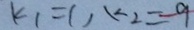
k _ { 1 } = 1 , k _ { 2 } = 9